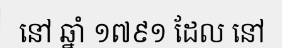
នៅ ឆ្នាំ ១៧៩១ ដែល នៅ